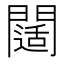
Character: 𨶐